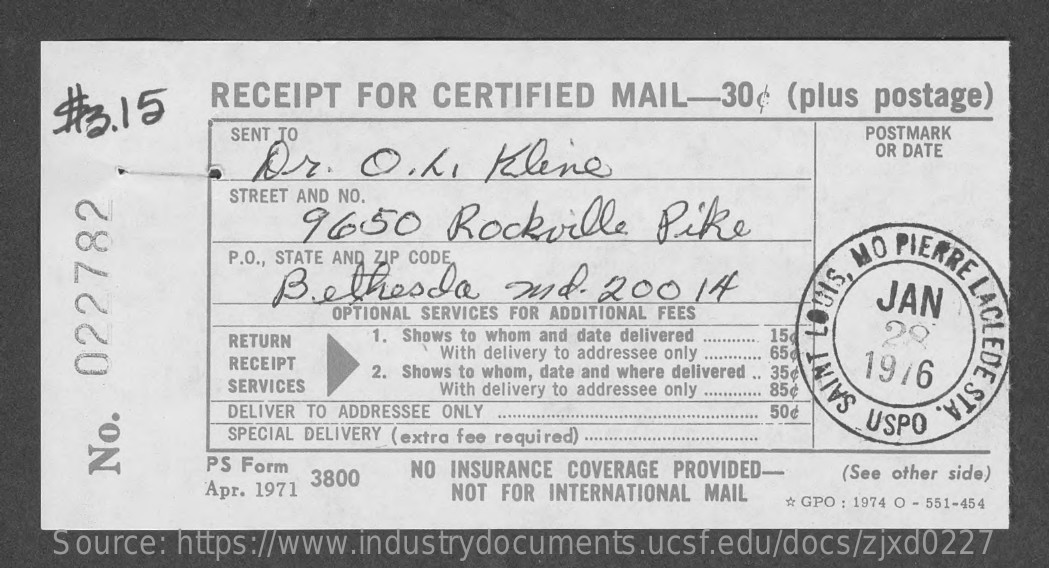
RECEIPT FOR  CERTIFIED  MAIL-30¢   (plus postage)
     SENT TO    POSTMARK
     D.r.  O.L.    Klene
     OR DATE
     STREET AND NO.
     9650    Rockville    Pike
     P.O ., STATE AND ZIP CODE,
     Bethesda    and.  200   14
     MO PIL
     JAN
     OPTIONAL SERVICES FOR ADDITIONAL FEES
     RETURN   1. Shows to whom and date delivered 154 29
     RECEIPT
     With delivery to addressee only . 65¢
     2. Shows to whom, date and where delivered .. 35¢ 19/6
     SERVICES    With delivery to addressee only ....... 85¢
     DELIVER TO ADDRESSEE ONLY    50¢
     SAI
     USPO
     STA
     SPECIAL DELIVERY (extra fee required)
     PS Form
     3800  NO INSURANCE COVERAGE PROVIDED
     Apr. 1971
     (See other side)
     No.
     022782
     NOT FOR INTERNATIONAL MAIL
     * GPO : 1974 O - 551-454
    Source: https://www.industrydocuments.ucsf.edu/docs/zjxd0227